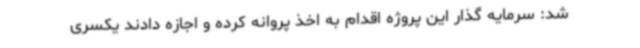
شد: سرمایه گذار این پروژه اقدام به اخذ پروانه کرده و اجازه دادند یکسری